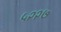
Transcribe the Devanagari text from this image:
५२२७